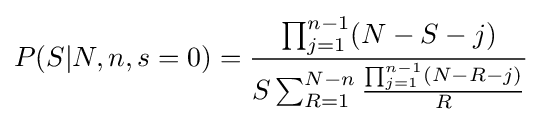
P(S|N,n,s=0)={\prod _{j=1}^{n-1}(N-S-j) \over S\sum _{R=1}^{N-n}{\prod _{j=1}^{n-1}(N-R-j) \over R}}